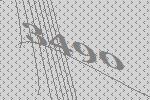
3490